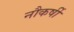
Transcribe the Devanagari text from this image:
नौकर्षी